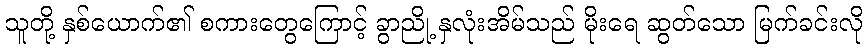
သူတို့ နှစ်ယောက်၏ စကားတွေကြောင့် ခွာညို့ နှလုံးအိမ်သည် မိုးရေ ဆွတ်သော မြက်ခင်းလို